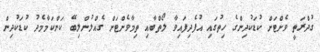
ގުދްރަތީ ވެށްޓަށް ކުޑަކުދިންގެ ހިތުގައި އުފެދިފައިވާ ލޯތްބާއި ތިމާވެށްޓަށް ގެއްލުންލިބޭ ކަންކަމާމެދު ކުޑަކުދިން